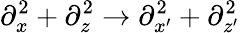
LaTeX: \partial_{x}^{2}+\partial_{z}^{2}\rightarrow\partial_{x^{\prime}}^{2}+\partial_{z^{\prime}}^{2}